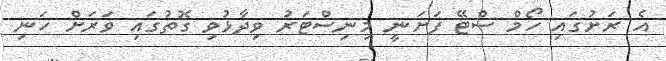
އެ ރަށުގައި ހޯމް ސްޓޭ ފަށަނީ މިނިސްޓަރު ވިދާޅުވި ގޮތުގައި ވަރަށް ހަނި